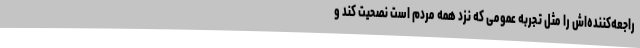
راجعه‌کننده‌اش را مثل تجربه عمومی که نزد همه مردم است نصحیت کند و